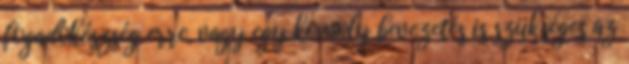
fogadókészség erre, vagy egy komoly bevezetés is szükséges az